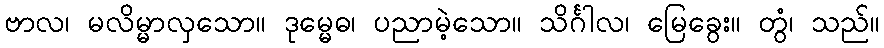
ဗာလ၊ မလိမ္မာလှသော။ ဒုမ္မေဓ၊ ပညာမဲ့သော။ သိင်္ဂါလ၊ မြေခွေး။ တွံ၊ သည်။